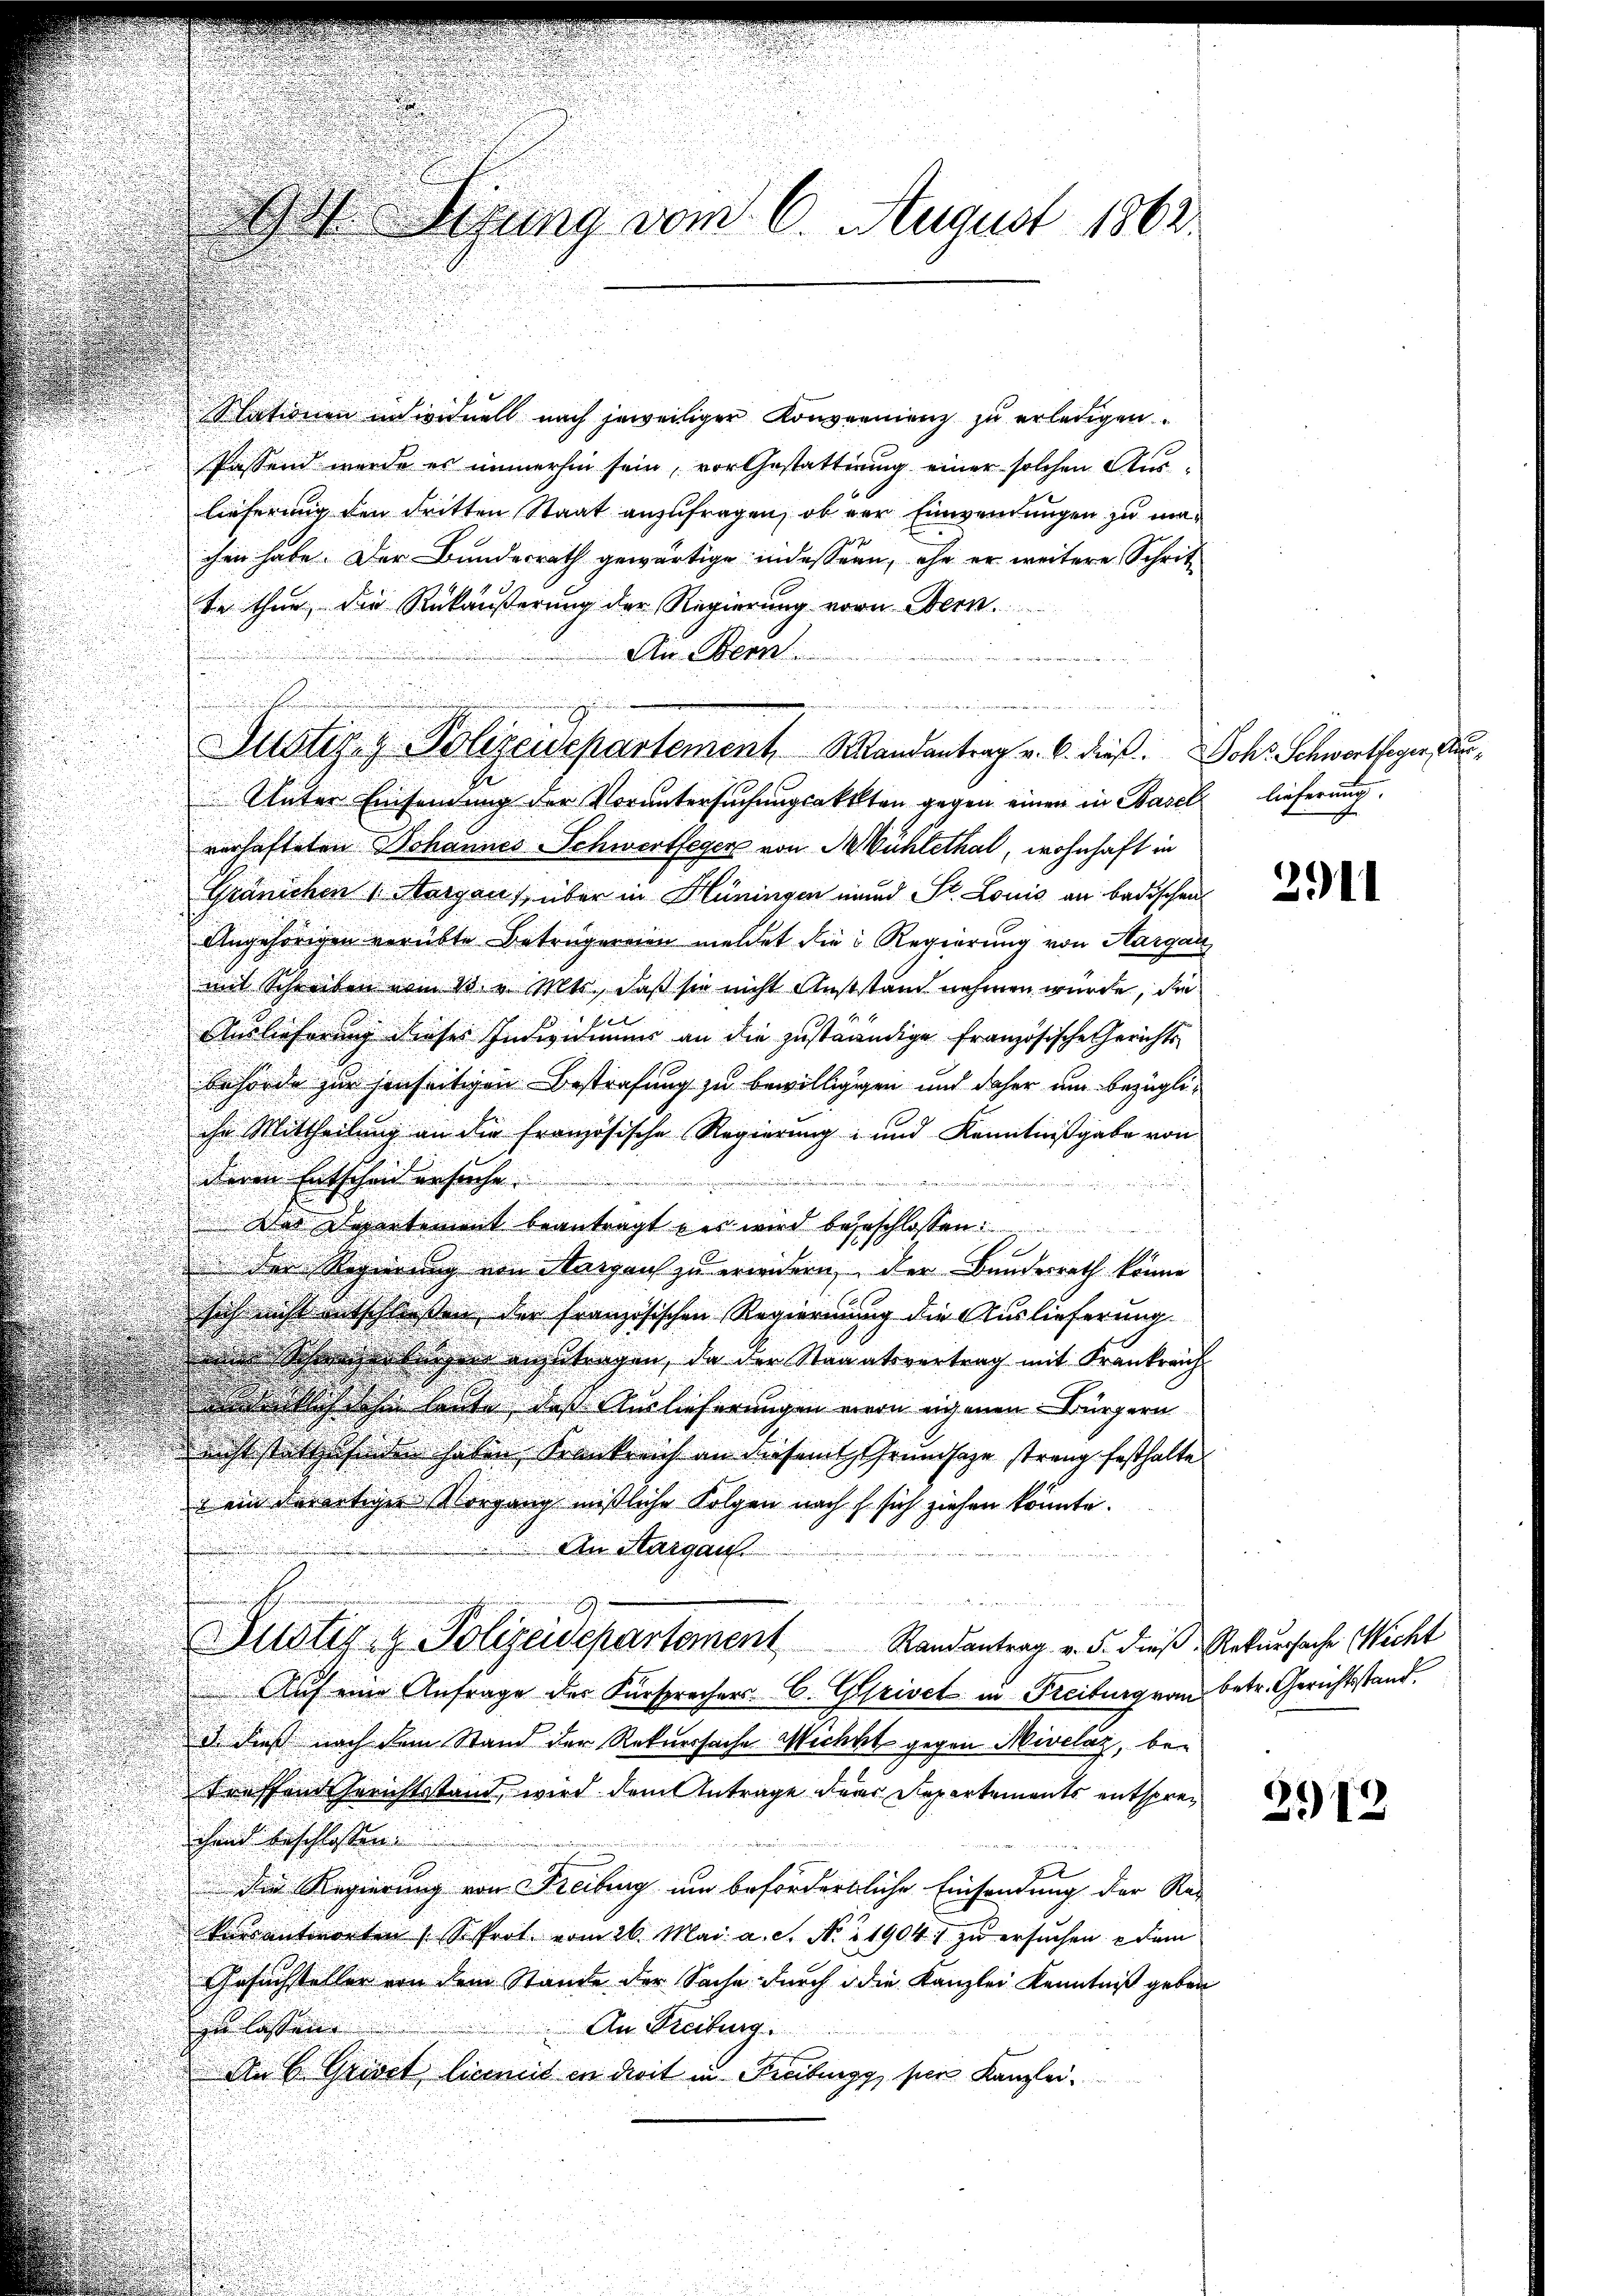
Stationen in viduell nach jeweiliger Konvernienz zu erledigen.
Passend werde es immerhin sein, vor Gestattung einer solchen Auslieferung den dritten Staat anzufragen, ob der Einwendungen zu maihen habe. Der Bundesrath gewärtige indessern, ehe er weitere Schritt
te thun, die Rükäußerung der Regierung vorn Bern.
An Bern
u
Justizay- Polizeidepartement. Mandantrag v. 6. dieß. Joh. Schwertheyen Au¬
Unter Einsendung der Voruntersuchungsaktten gegen einen in Basel lieferung
verhafteten Johannes Schwertfeger von M. Bühlethal, wohnhaft in
Gränichen 1 Margau), über in Hüningen und St. Louis an badischen
Angehörigen verübte Betrugereien meldet die Regierung von Aargau
mit Schreiben vom 13. v. Mts., daß sie nicht Ausstand nehmen würde, die
f
Auslieferung dieses Individuums an die zuständige Französische Gerichts-
Behörde zur jenseitigen Bestrafung zu bewilligigen und daher um bezügliihn Mittheilung an die französische Regierung und Kenntnißgabe von
deren Entscheid ersuche
i
n
usieur
r elten,

Das Departement beantragt u es wird begeschlossen:
e
der Regierung von Aargaus zu werden, der Bundesrath könne
sich nicht entschliessen der französischen Regierung die Auslieferung
 Scheunerlesen antragen, da der Staaatsvertrag mit Frankreich
denklich sehen leute, daß Auslieferungen vern eigenen Bürgern
nicht stattgehenden haben Krankreich an diesem Grundlage streng festhalte
& ein derartiger Vorgang missliche Folgen nach h. sich ziehen könnte.
An Margau.
u
Justiz & Polizeidepartement            Randantrag v. 5. dieß Rekursache Wicht
Auf eine Anfrage der Fürsprechers C. Griset in Freiburg von betr. Gerichtsstand.
ds. dieß nach dem Stand der Rekursache Wicht gegen Mivelaz, betreffend Gerichtsstand, wird dem Antrage der Departements entsprechand beschlossen:
die Regierung von Freiburg um befördertliche Einsendung der Reg
kurantworten (S. Prot. vom 26. Mai a. c. N. 21904 zu ersuchen dem
Gesuchsteller von dem Stande der Sache durch die Kanzlei Kenntniß geben
zu lassen.
An Freiburg.
An 6 Griset, licemit in droit in Freibung, sie Kanzlei¬

Sizung vom 6. August 1863.

.

2911

2913